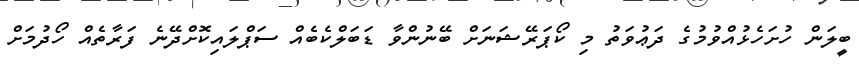
ބީލަން ހުށަހެޅުއްވުމުގެ ދަޢުވަތު މި ކޯޕަރޭޝަނަށް ބޭނުންވާ ޑަބަލްކެބެއް ސަޕްލައިކޮށްދޭނެ ފަރާތެއް ހޯދުމަށް